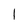
Character: 1